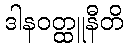
ဒါနဝတ္ထူနီတိ